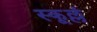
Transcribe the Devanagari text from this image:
स्कूल्लं